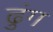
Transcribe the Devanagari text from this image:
ढुंग